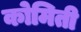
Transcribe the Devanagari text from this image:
कोमिती